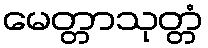
မေတ္တာသုတ္တံ